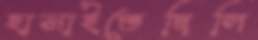
হাসাইতেছিলি